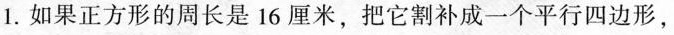
1.如果正方形的周长是16厘米，把它割补成一个平行四边形，